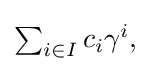
{\textstyle \sum _{i\in I}c_{i}\gamma ^{i},}